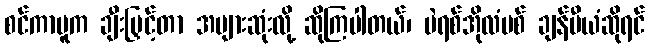
စင်ကာပူက ချီးမြှင့်တာ အများဆုံးလို့ ဆိုကြပါတယ်၊ ပဲရစ်အိုလံပစ် ချန်ပီယံဆိုရင်